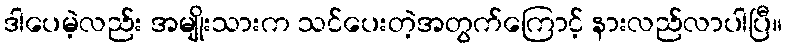
ဒါပေမဲ့လည်း အမျိုးသားက သင်ပေးတဲ့အတွက်ကြောင့် နားလည်လာပါပြီ။